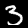
Label: 3